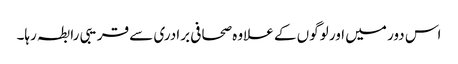
اس دور میں اور لوگوں کے علاوہ صحافی برادری سے قریبی رابطہ رہا۔